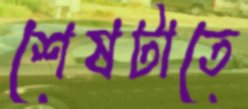
শেষটাতে